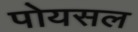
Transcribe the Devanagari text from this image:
पोयसल